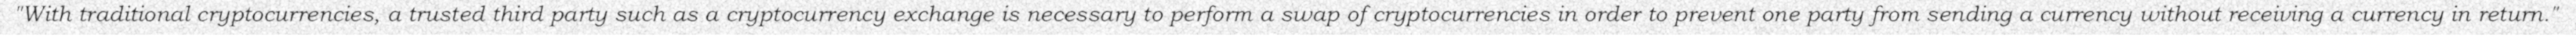
"With traditional cryptocurrencies, a trusted third party such as a cryptocurrency exchange is necessary to perform a swap of cryptocurrencies in order to prevent one party from sending a currency without receiving a currency in return."